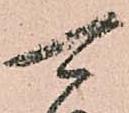
可